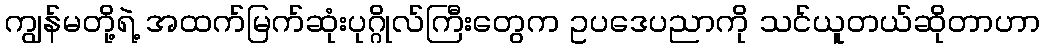
ကျွန်မတို့ရဲ့ အထက်မြက်ဆုံးပုဂ္ဂိုလ်ကြီးတွေက ဥပဒေပညာကို သင်ယူတယ်ဆိုတာဟာ